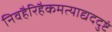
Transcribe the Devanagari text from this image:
निवहैरिहैकमत्याद्यददुष्टं